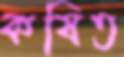
কষিত